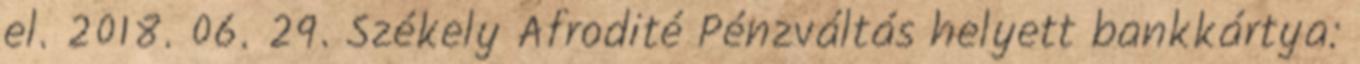
el. 2018. 06. 29. Székely Afrodité Pénzváltás helyett bankkártya: